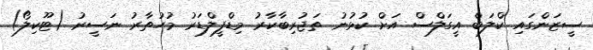
ސީޒަންގައި ކްލަބް އީގަލްސް އަށް ކުޅުނު ތަޖުރިބާކާރު މިޑްފީލްޑަރު މުހުތާރު ނަސީރު (ޓޫކިލޯ)